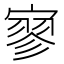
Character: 寥